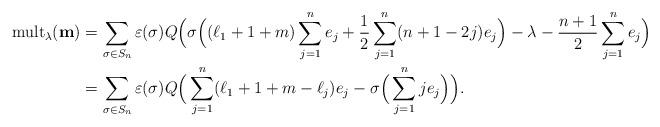
LaTeX: \begin{align*} {\rm mult}_\lambda(\mathbf{m})&=\sum_{\sigma\in S_n}\varepsilon(\sigma)Q\Big(\sigma\Big((\ell_1+1+m)\sum_{j=1}^ne_j+\frac12\sum_{j=1}^n(n+1-2j)e_j\Big)-\lambda-\frac{n+1}2\sum_{j=1}^ne_j\Big)\\ &=\sum_{\sigma\in S_n}\varepsilon(\sigma)Q\Big(\sum_{j=1}^n(\ell_1+1+m-\ell_j)e_j-\sigma\Big(\sum_{j=1}^nje_j\Big)\Big).\end{align*}